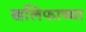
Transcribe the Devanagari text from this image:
खलिफाच्या